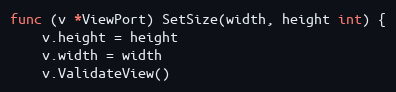
Language: Go
func (v *ViewPort) SetSize(width, height int) {
	v.height = height
	v.width = width
	v.ValidateView()